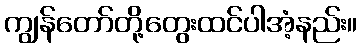
ကျွန်တော်တို့တွေးထင်ပါအံ့နည်း။